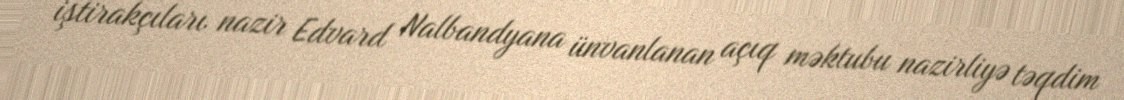
iştirakçıları nazir Edvard Nalbandyana ünvanlanan açıq məktubu nazirliyə təqdim